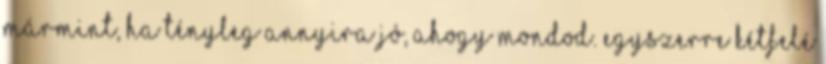
Mármint, ha tényleg annyira jó, ahogy mondod. Egyszerre kétfelé